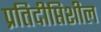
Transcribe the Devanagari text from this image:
प्रतिदीप्तिशील